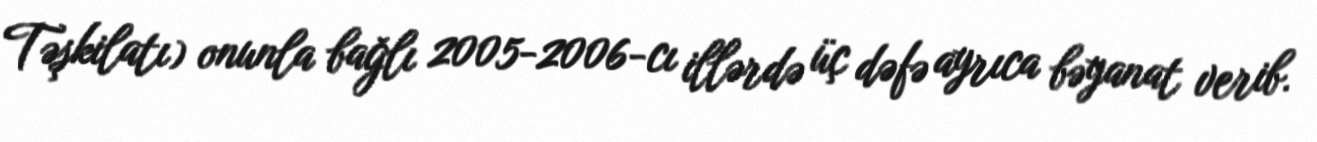
Təşkilatı) onunla bağlı 2005-2006-cı illərdə üç dəfə ayrıca bəyanat verib.